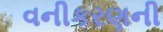
વનીકરણની